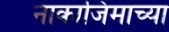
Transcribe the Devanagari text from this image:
नाकाजिमाच्या